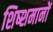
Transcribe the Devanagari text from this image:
शिष्शमानों